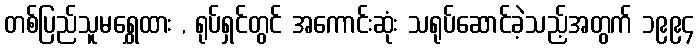
တစ်ပြည်သူမရွှေထား , ရုပ်ရှင်တွင် အကောင်းဆုံး သရုပ်ဆောင်ခဲ့သည့်အတွက် ၁၉၉၄